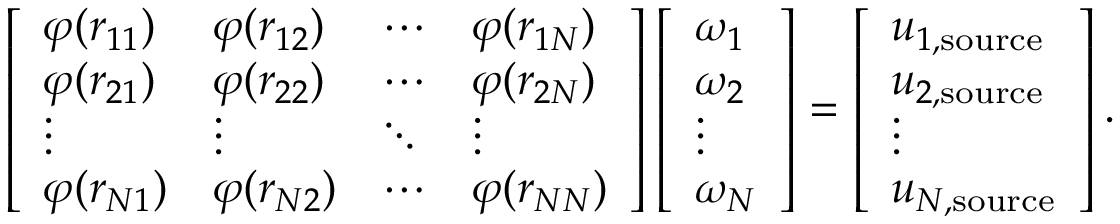
\left[ \begin{array} { l l l l } { \varphi ( r _ { 1 1 } ) } & { \varphi ( r _ { 1 2 } ) } & { \cdots } & { \varphi ( r _ { 1 N } ) } \\ { \varphi ( r _ { 2 1 } ) } & { \varphi ( r _ { 2 2 } ) } & { \cdots } & { \varphi ( r _ { 2 N } ) } \\ { \vdots } & { \vdots } & { \ddots } & { \vdots } \\ { \varphi ( r _ { N 1 } ) } & { \varphi ( r _ { N 2 } ) } & { \cdots } & { \varphi ( r _ { N N } ) } \end{array} \right] \left[ \begin{array} { l } { \omega _ { 1 } } \\ { \omega _ { 2 } } \\ { \vdots } \\ { \omega _ { N } } \end{array} \right] = \left[ \begin{array} { l } { u _ { 1 , \mathrm { s o u r c e } } } \\ { u _ { 2 , \mathrm { s o u r c e } } } \\ { \vdots } \\ { u _ { N , \mathrm { s o u r c e } } } \end{array} \right] .